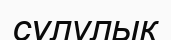
сүлулык